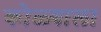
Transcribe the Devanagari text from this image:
कोळ्याला